Scottish Leaving Certificate Examination, 1951
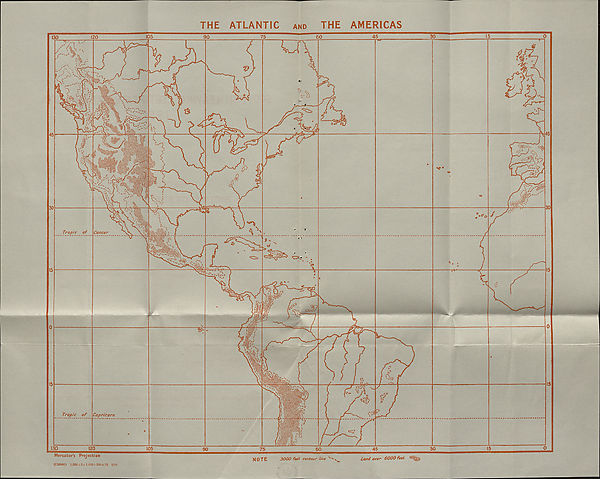
THE
ATLANTIC
and
THE
AMERICAS
(C33096) 1,335 + 2+1,025 + 200 + 73 2/51